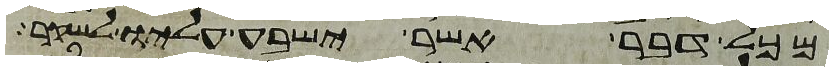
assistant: מכל דבר אשר ישבע עליו לשקר